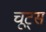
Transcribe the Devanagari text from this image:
चूट्स